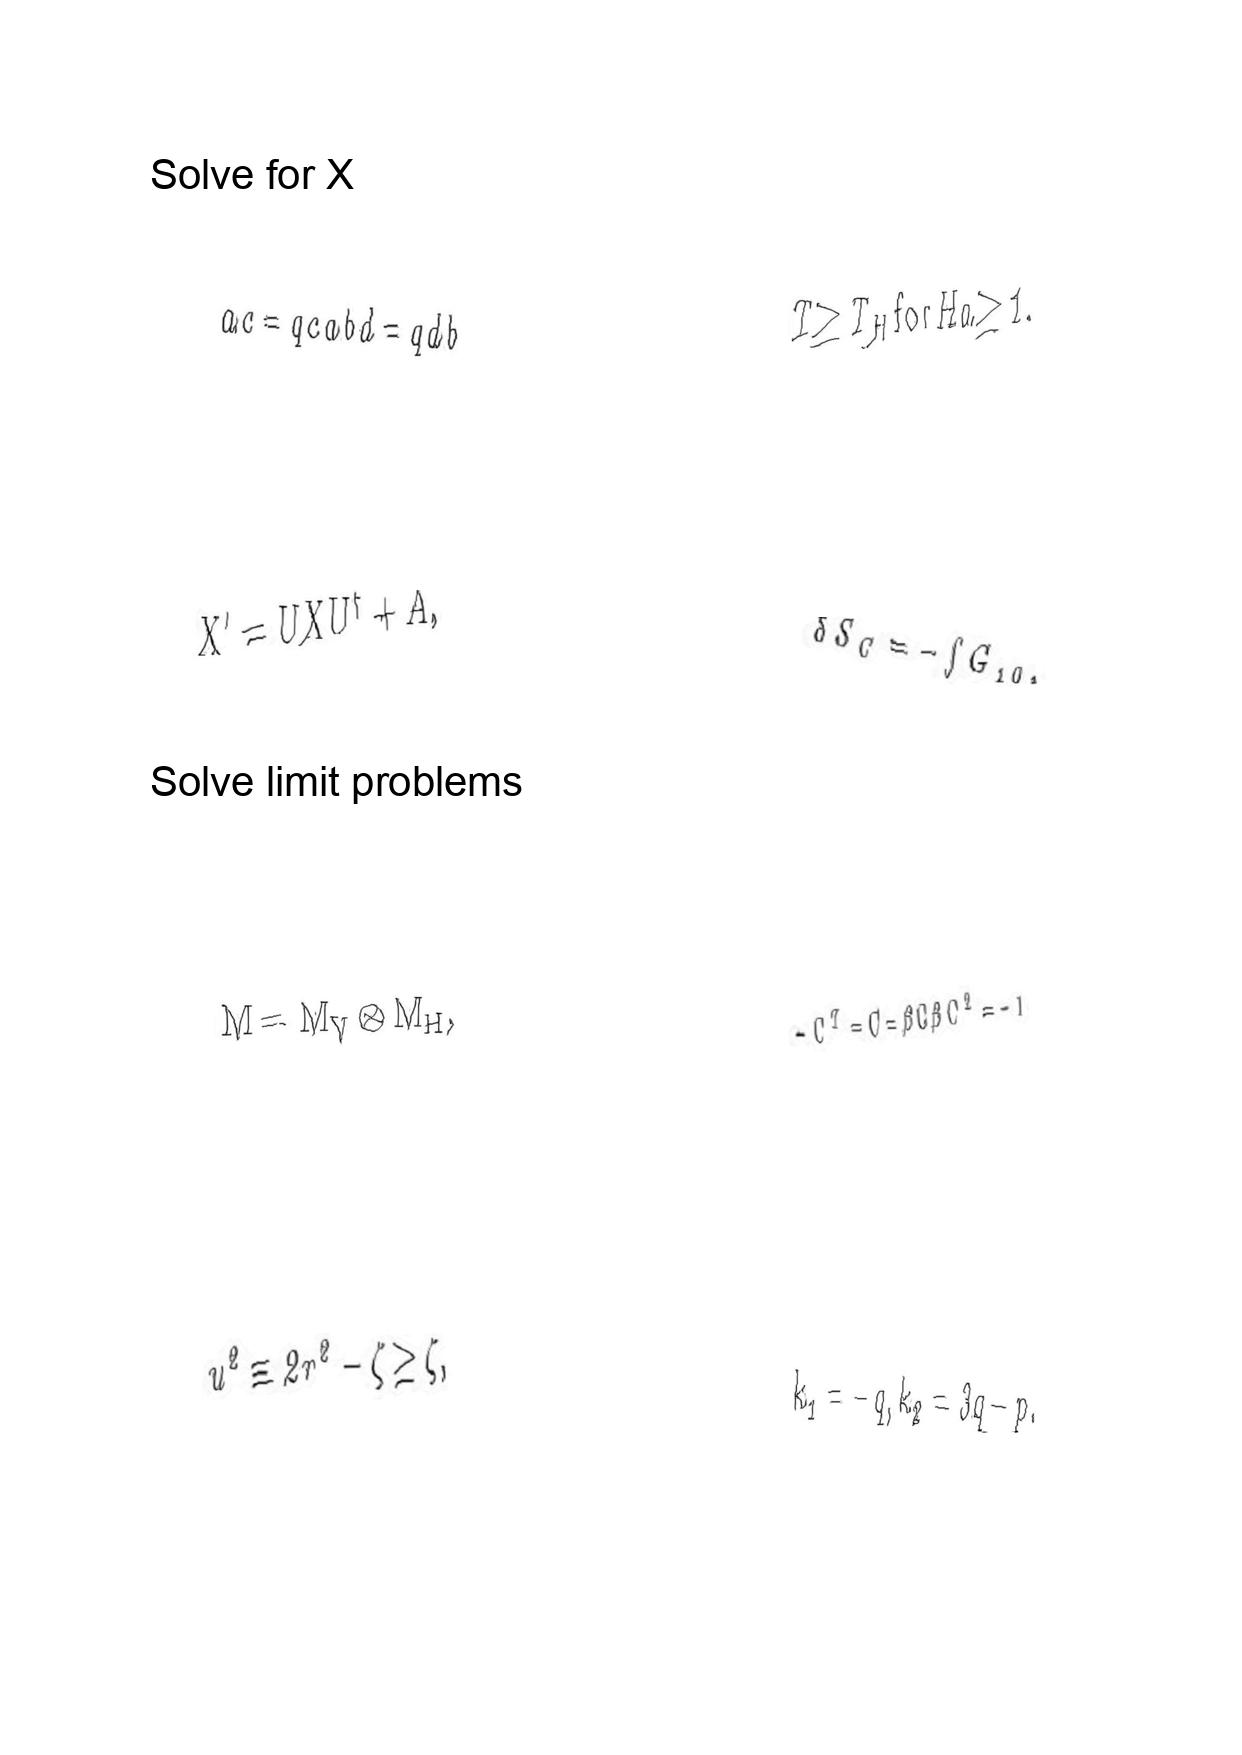
LaTeX transcription:
a c = q c a b d = q d b
X ^ { \prime } = U X U ^ { \dagger } + A ,
M = M _ { V } \otimes M _ { H } ,
u ^ { 2 } \equiv 2 r ^ { 2 } - \zeta \geq \zeta ,
T \geq T _ { H } \mathrm { f o r } H a \geq 1 .
\delta S _ { C } = - \int G _ { 1 0 } ,
- C ^ { T } = C = \beta C \beta C ^ { 2 } = - 1
k _ { 1 } = - q , k _ { 2 } = 3 q - p .